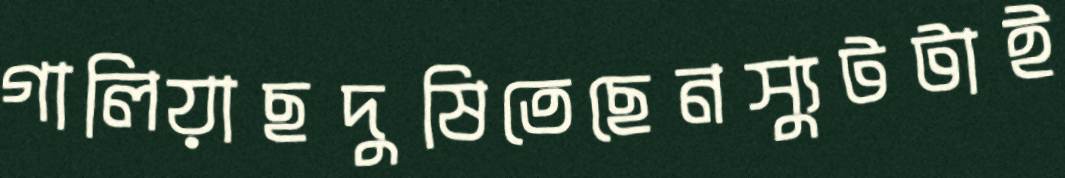
গালিয়াছদুষিতেছেনস্যুটটাই